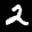
Label: 2